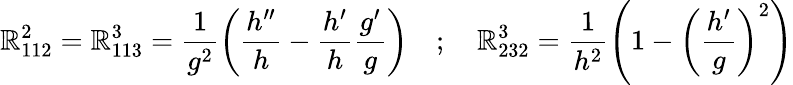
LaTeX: \mathbb{R}_{112}^{2}=\mathbb{R}_{113}^{3}=\frac{{1}}{{g^{2}}}\left(\frac{{h^{\prime\prime}}}{{h}}-\frac{{h^{\prime}}}{{h}}\frac{{g^{\prime}}}{{g}}\right)\quad;\quad\mathbb{R}_{232}^{3}=\frac{{1}}{{h^{2}}}\left(1-\left(\frac{{h^{\prime}}}{{g}}\right)^{2}\right)